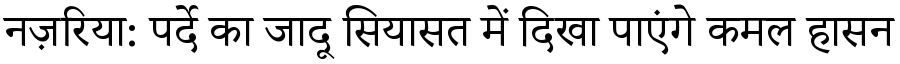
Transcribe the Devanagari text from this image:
नज़रिया: पर्दे का जादू सियासत में दिखा पाएंगे कमल हासन